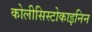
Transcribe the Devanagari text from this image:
कोलीसिस्टोकाइनिन